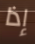
إذا